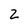
Character: 2